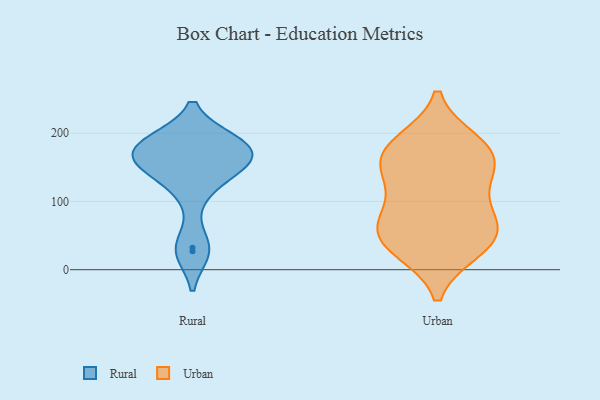
{"axis": {"x": "Operating Costs (USD K)", "y": "Value"}, "legend": ["Rural", "Urban"], "data": [{"x": "", "y": 150, "type": "Rural"}, {"x": "", "y": 187, "type": "Rural"}, {"x": "", "y": 157, "type": "Rural"}, {"x": "", "y": 32, "type": "Rural"}, {"x": "", "y": 151, "type": "Rural"}, {"x": "", "y": 27, "type": "Rural"}, {"x": "", "y": 166, "type": "Rural"}, {"x": "", "y": 186, "type": "Rural"}, {"x": "", "y": 188, "type": "Rural"}, {"x": "", "y": 115, "type": "Rural"}, {"x": "", "y": 175, "type": "Rural"}, {"x": "", "y": 181, "type": "Urban"}, {"x": "", "y": 146, "type": "Urban"}, {"x": "", "y": 61, "type": "Urban"}, {"x": "", "y": 173, "type": "Urban"}, {"x": "", "y": 35, "type": "Urban"}, {"x": "", "y": 187, "type": "Urban"}, {"x": "", "y": 33, "type": "Urban"}, {"x": "", "y": 29, "type": "Urban"}, {"x": "", "y": 129, "type": "Urban"}, {"x": "", "y": 75, "type": "Urban"}, {"x": "", "y": 170, "type": "Urban"}, {"x": "", "y": 64, "type": "Urban"}, {"x": "", "y": 76, "type": "Urban"}, {"x": "", "y": 134, "type": "Urban"}]}